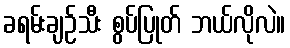
ခရမ်းချဉ်သီး စွပ်ပြုတ် ဘယ်လိုလဲ။